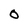
Character: O